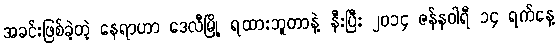
အခင်းဖြစ်ခဲ့တဲ့ နေရာဟာ ဒေလီမြို့ ရထားဘူတာနဲ့ နီးပြီး ၂၀၁၄ ဇန်နဝါရီ ၁၄ ရက်နေ့